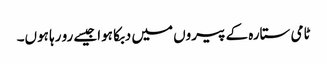
ٹامی ستارہ کے پیروں میں دبکا ہواجیسے رو رہا ہوں۔